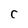
Character: C